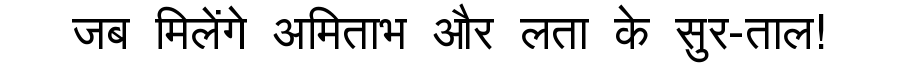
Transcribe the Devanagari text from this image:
जब मिलेंगे अमिताभ और लता के सुर-ताल!